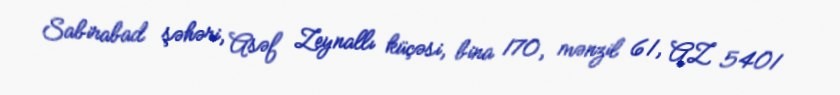
Sabirabad şəhəri, Asəf Zeynallı küçəsi, bina 170, mənzil 61, AZ 5401